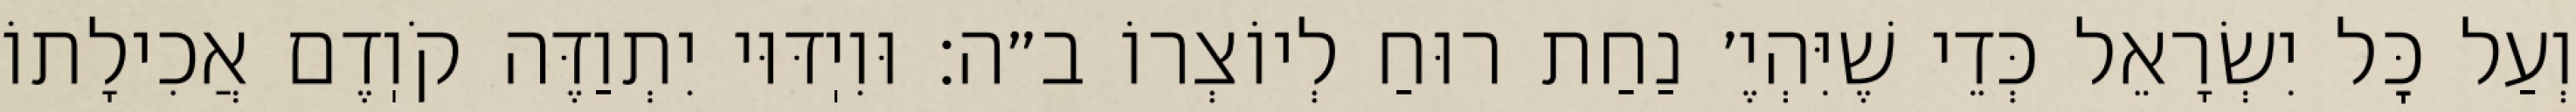
וְעַל כׇּל יִשְׂרָאֵל כְּדֵי שֶׁיִּהְיֶ׳ נַחַת רוּחַ לְיוֹצְרוֹ ב״ה: וּוִיֽדּוּי יִתְוַדֶּה קֹוֽדֶם אֲכִילָתוֹ